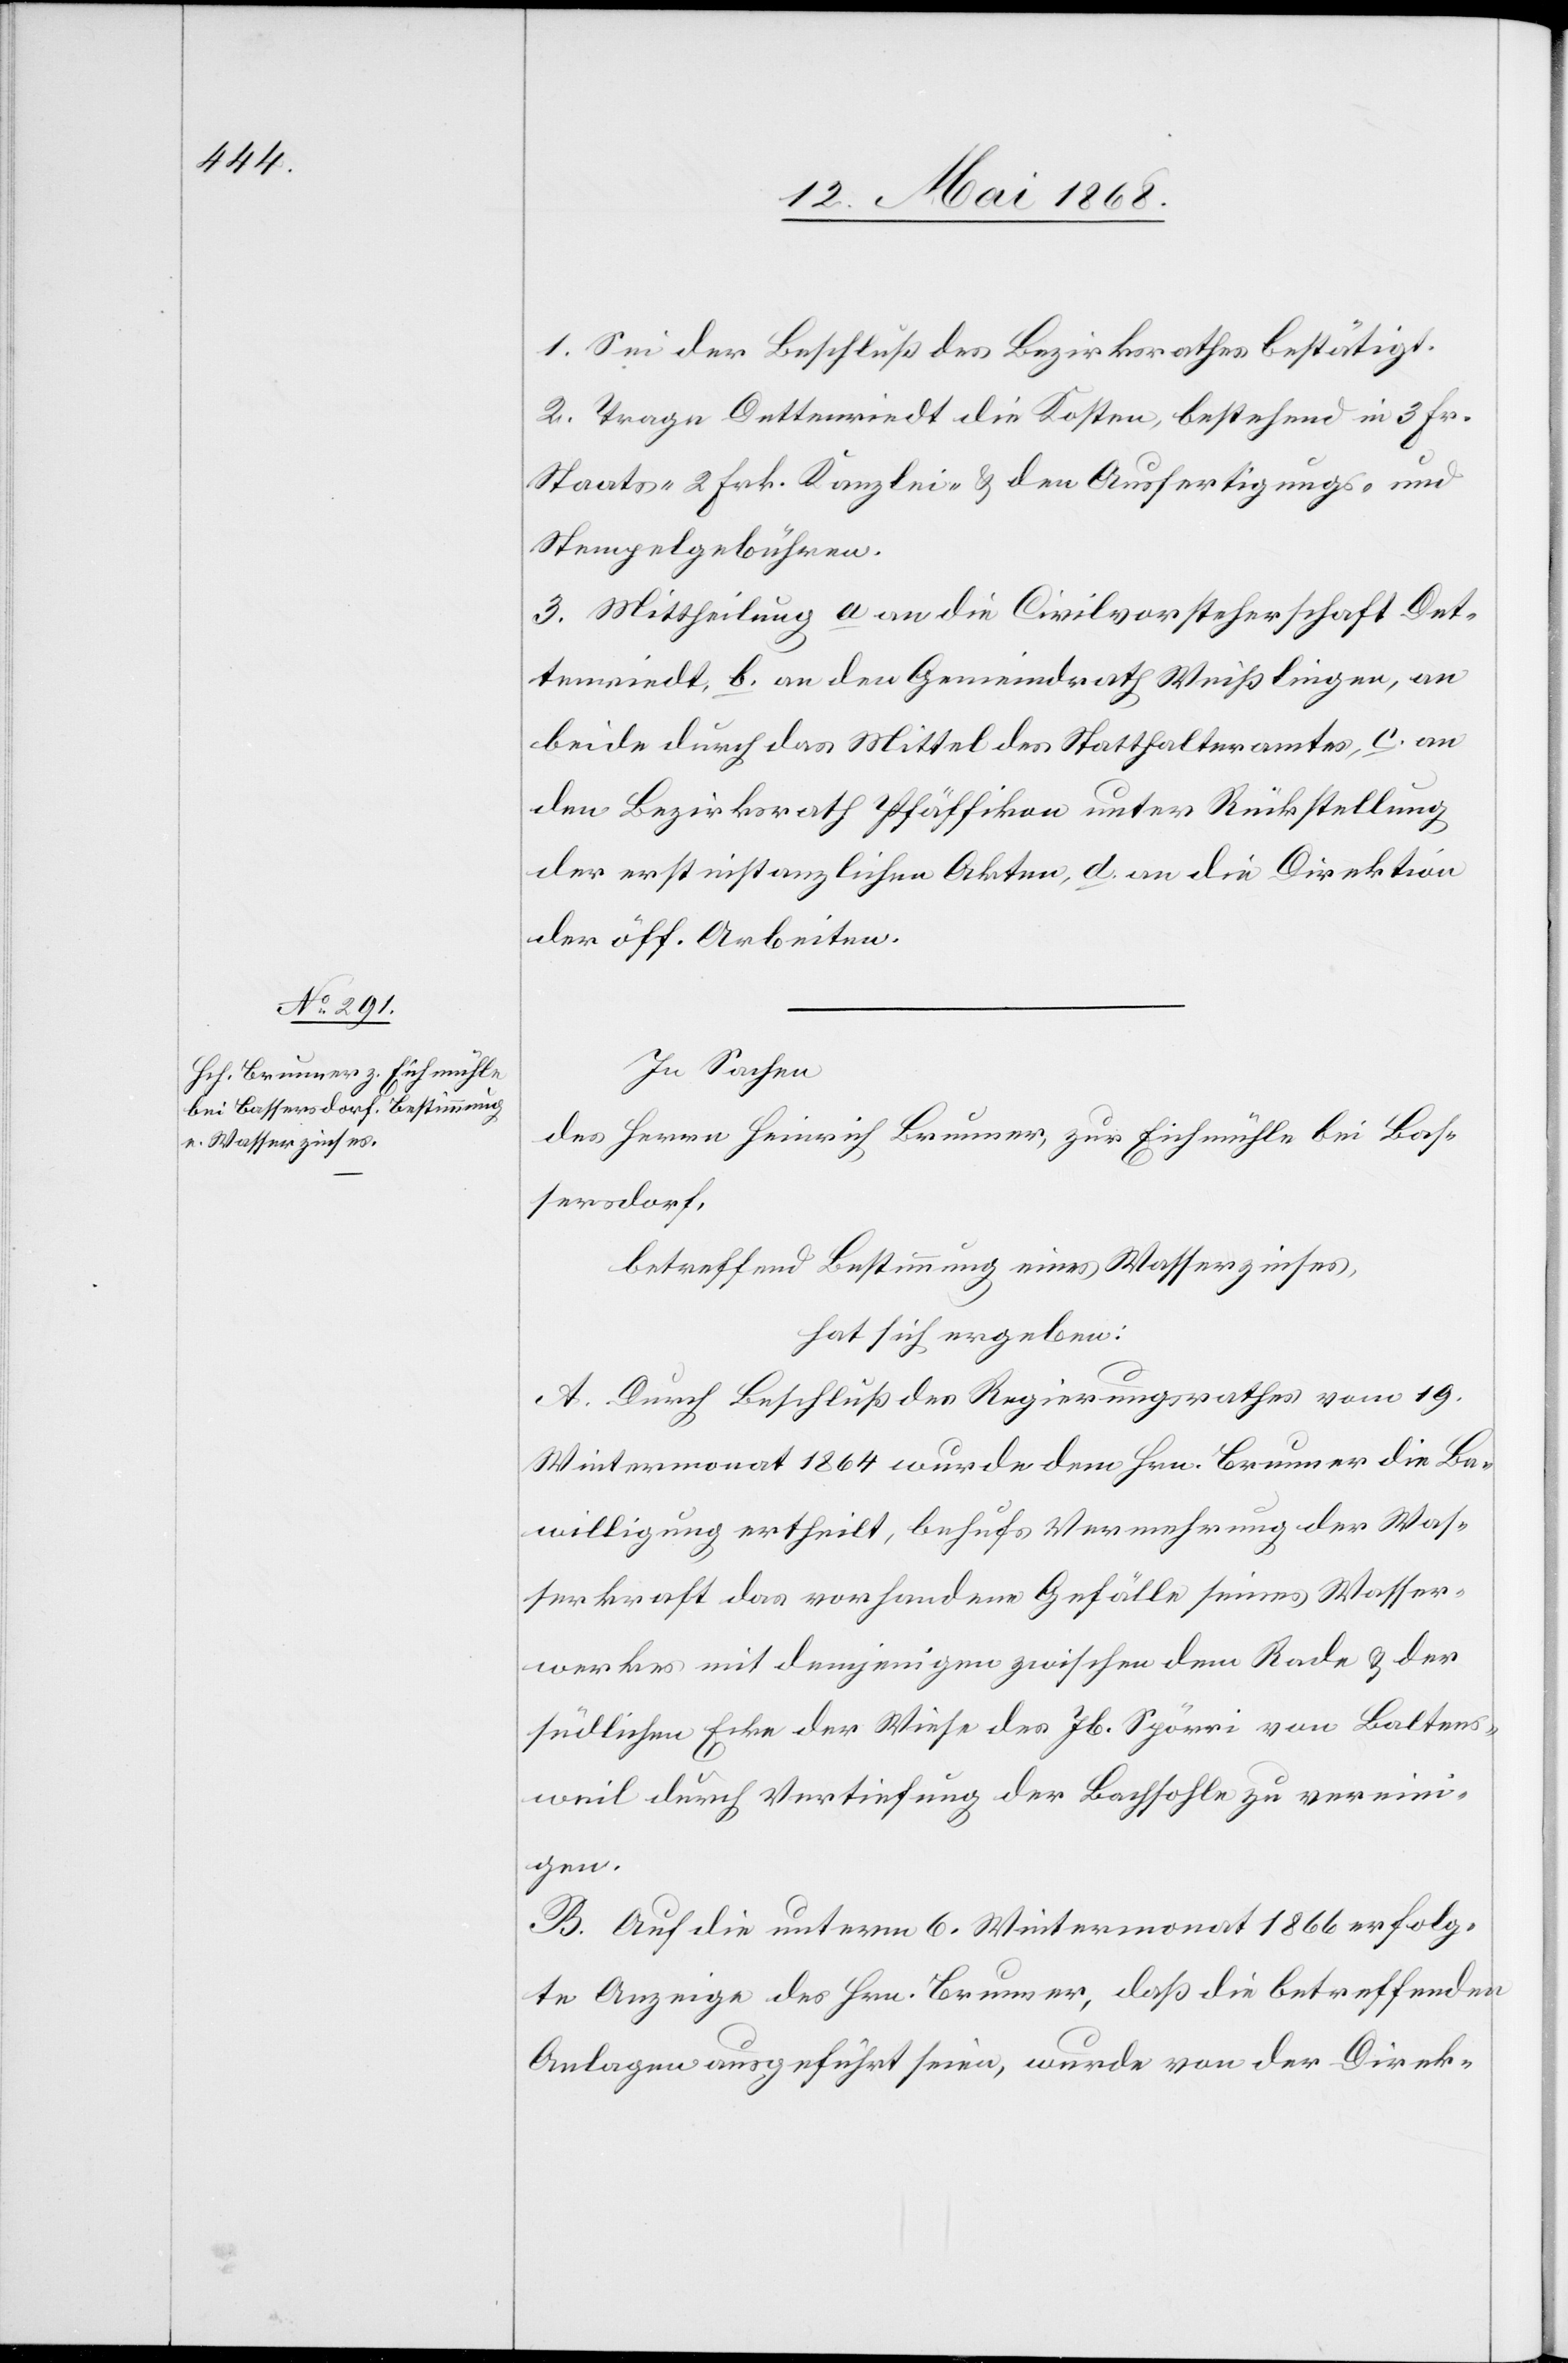
1. Sei der Beschluß des Bezirksrathes bestätigt.
2. Trage Dettenriedt die Kosten, bestehend in 3 Fr.
Staats-[,] 2 Frk. Kanzlei- & den Ausfertigungs- und
Stempelgebühren.
3. Mittheilung a an die Civilvorsteherschaft Det¬
tenriedt, b. an den Gemeindrath Weißlingen, an
beide durch das Mittel des Statthalteramtes, c. an
den Bezirksrath Pfäffikon unter Rückstellung
der erstinstanzlichen Akten, d. an die Direktion
der öff. Arbeiten.
In Sachen
des Herrn Heinrich Brunner, zur Eichmühle bei Bas¬
sersdorf,
betreffend Bestimmung eines Wasserzinses,
hat sich ergeben:
A. Durch Beschluß des Regierungsrathes vom 19.
Wintermonat 1864 wurde dem Hrn. Brunner die Be¬
willigung ertheilt, behufs Vermehrung der Was¬
serkraft das vorhandene Gefälle seines Wasser¬
werkes mit demjenigen zwischen dem Rade & der
südlichen Ecke der Wiese des Jb. Spörri von Baltens¬
weil durch Vertiefung der Bachsohle zu vereini¬
gen.
B. Auf die unterm 6. Wintermonat 1866 erfolg¬
te Anzeige des Hrn. Brunner, daß die betreffenden
Anlagen ausgeführt seien, wurde von der Direk-